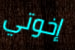
إخوتي